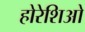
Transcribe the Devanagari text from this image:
होरेशिओ